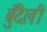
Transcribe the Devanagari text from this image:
बुँदेली